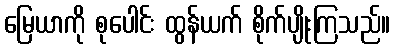
မြေယာကို စုပေါင်း ထွန်ယက် စိုက်ပျိုးကြသည်။